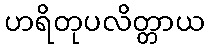
ဟရိတုပလိတ္တာယ